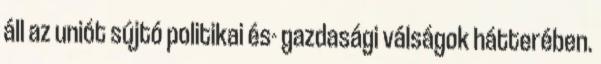
áll az uniót sújtó politikai és- gazdasági válságok hátterében.